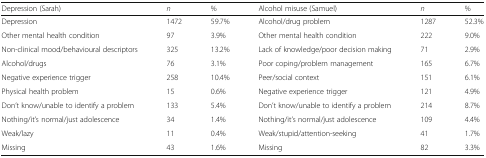
<table><thead><tr><td><b>Depression (Sarah)</b></td><td><b><i>n</i></b></td><td><b>%</b></td><td><b>Alcohol misuse (Samuel)</b></td><td><b><i>n</i></b></td><td><b>%</b></td></tr></thead><tbody><tr><td>Depression</td><td>1472</td><td>59.7%</td><td>Alcohol/drug problem</td><td>1287</td><td>52.3%</td></tr><tr><td>Other mental health condition</td><td>97</td><td>3.9%</td><td>Other mental health condition</td><td>222</td><td>9.0%</td></tr><tr><td>Non-clinical mood/behavioural descriptors</td><td>325</td><td>13.2%</td><td>Lack of knowledge/poor decision making</td><td>71</td><td>2.9%</td></tr><tr><td>Alcohol/drugs</td><td>76</td><td>3.1%</td><td>Poor coping/problem management</td><td>165</td><td>6.7%</td></tr><tr><td>Negative experience trigger</td><td>258</td><td>10.4%</td><td>Peer/social context</td><td>151</td><td>6.1%</td></tr><tr><td>Physical health problem</td><td>15</td><td>0.6%</td><td>Negative experience trigger</td><td>121</td><td>4.9%</td></tr><tr><td>Don’t know/unable to identify a problem</td><td>133</td><td>5.4%</td><td>Don’t know/unable to identify a problem</td><td>214</td><td>8.7%</td></tr><tr><td>Nothing/it’s normal/just adolescence</td><td>34</td><td>1.4%</td><td>Nothing/it’s normal/just adolescence</td><td>109</td><td>4.4%</td></tr><tr><td>Weak/lazy</td><td>11</td><td>0.4%</td><td>Weak/stupid/attention-seeking</td><td>41</td><td>1.7%</td></tr><tr><td>Missing</td><td>43</td><td>1.6%</td><td>Missing</td><td>82</td><td>3.3%</td></tr></tbody></table>